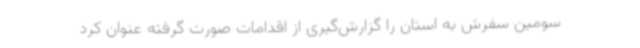
سومین سفرش به استان را گزارش‌گیری از اقدامات صورت گرفته عنوان کرد